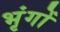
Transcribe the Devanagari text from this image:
भृंगों